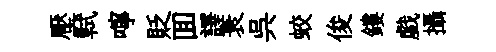
壓軾嚀貶囬譯衰呉蛟俊鏤戯攝